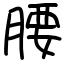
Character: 腰